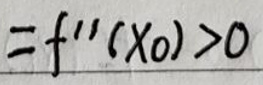
$= f ^ { \prime \prime } ( x _ { 0 } ) > 0$